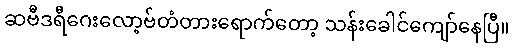
ဆဗီဒရီဂေးလော့ဗ်တံတားရောက်တော့ သန်းခေါင်ကျော်နေပြီ။